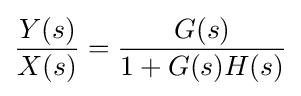
{\dfrac {Y(s)}{X(s)}}={\dfrac {G(s)}{1+G(s)H(s)}}